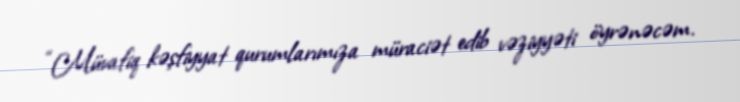
“Müvafiq kəşfiyyat qurumlarımıza müraciət edib vəziyyəti öyrənəcəm.